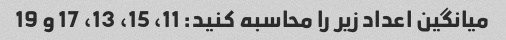
میانگین اعداد زیر را محاسبه کنید: 11، 15، 13، 17 و 19